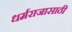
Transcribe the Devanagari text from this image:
धर्मराजासाठी